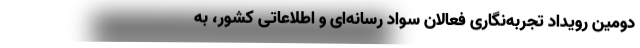
دومین رویداد تجربه‌نگاری فعالان سواد رسانه‌ای و اطلاعاتی کشور، به